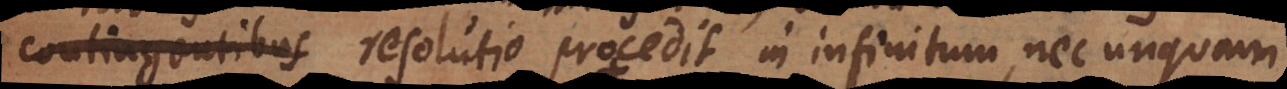
, resolutio procedit in infinitum, nec unquam